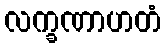
လက္ခဏာဟတံ